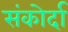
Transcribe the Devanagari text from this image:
संकोर्दा